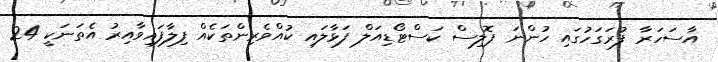
އާސަހަރާ ފުރަގަހުގައި ހުންނަ ޕޮލިސް ކަސްޓޯޑިއަލް ފަޅާލައި ކުއްވެރިންތަކެއް ފިލާފައިވާއިރު އެތަނަކީ 24